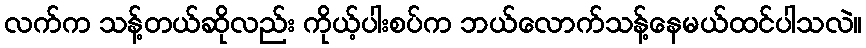
လက်က သန့်တယ်ဆိုလည်း ကိုယ့်ပါးစပ်က ဘယ်လောက်သန့်နေမယ်ထင်ပါသလဲ။